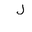
Letter: _lam